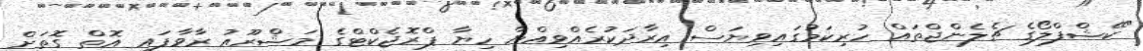
"ކޭޝްފްލޯގެ ޗެލެންޖްތައް ހުރިކަމުގައިވިޔަސް އިރާދަކުރެއްވިއްޔާ ހިޔާ ޕްރޮޖެކްޓްގެ މަޝްރޫއު ރާވާފައި އޮތް ގޮތަށް